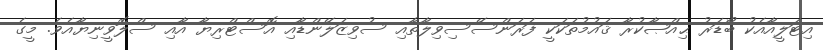
އިޓަލީއާއެކު ބޯޑަރު ޙިއްޞާކުރާ ޤައުމުތަކަކީ ފަރަންސޭސިވިލާތާއި ސުވިޒަލޭންޑާއި އޮސްޓްރިޔާ އާއި ސްލޮވީނިޔާއެވެ. މީގެ